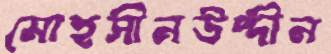
মোহসীনউদ্দীন